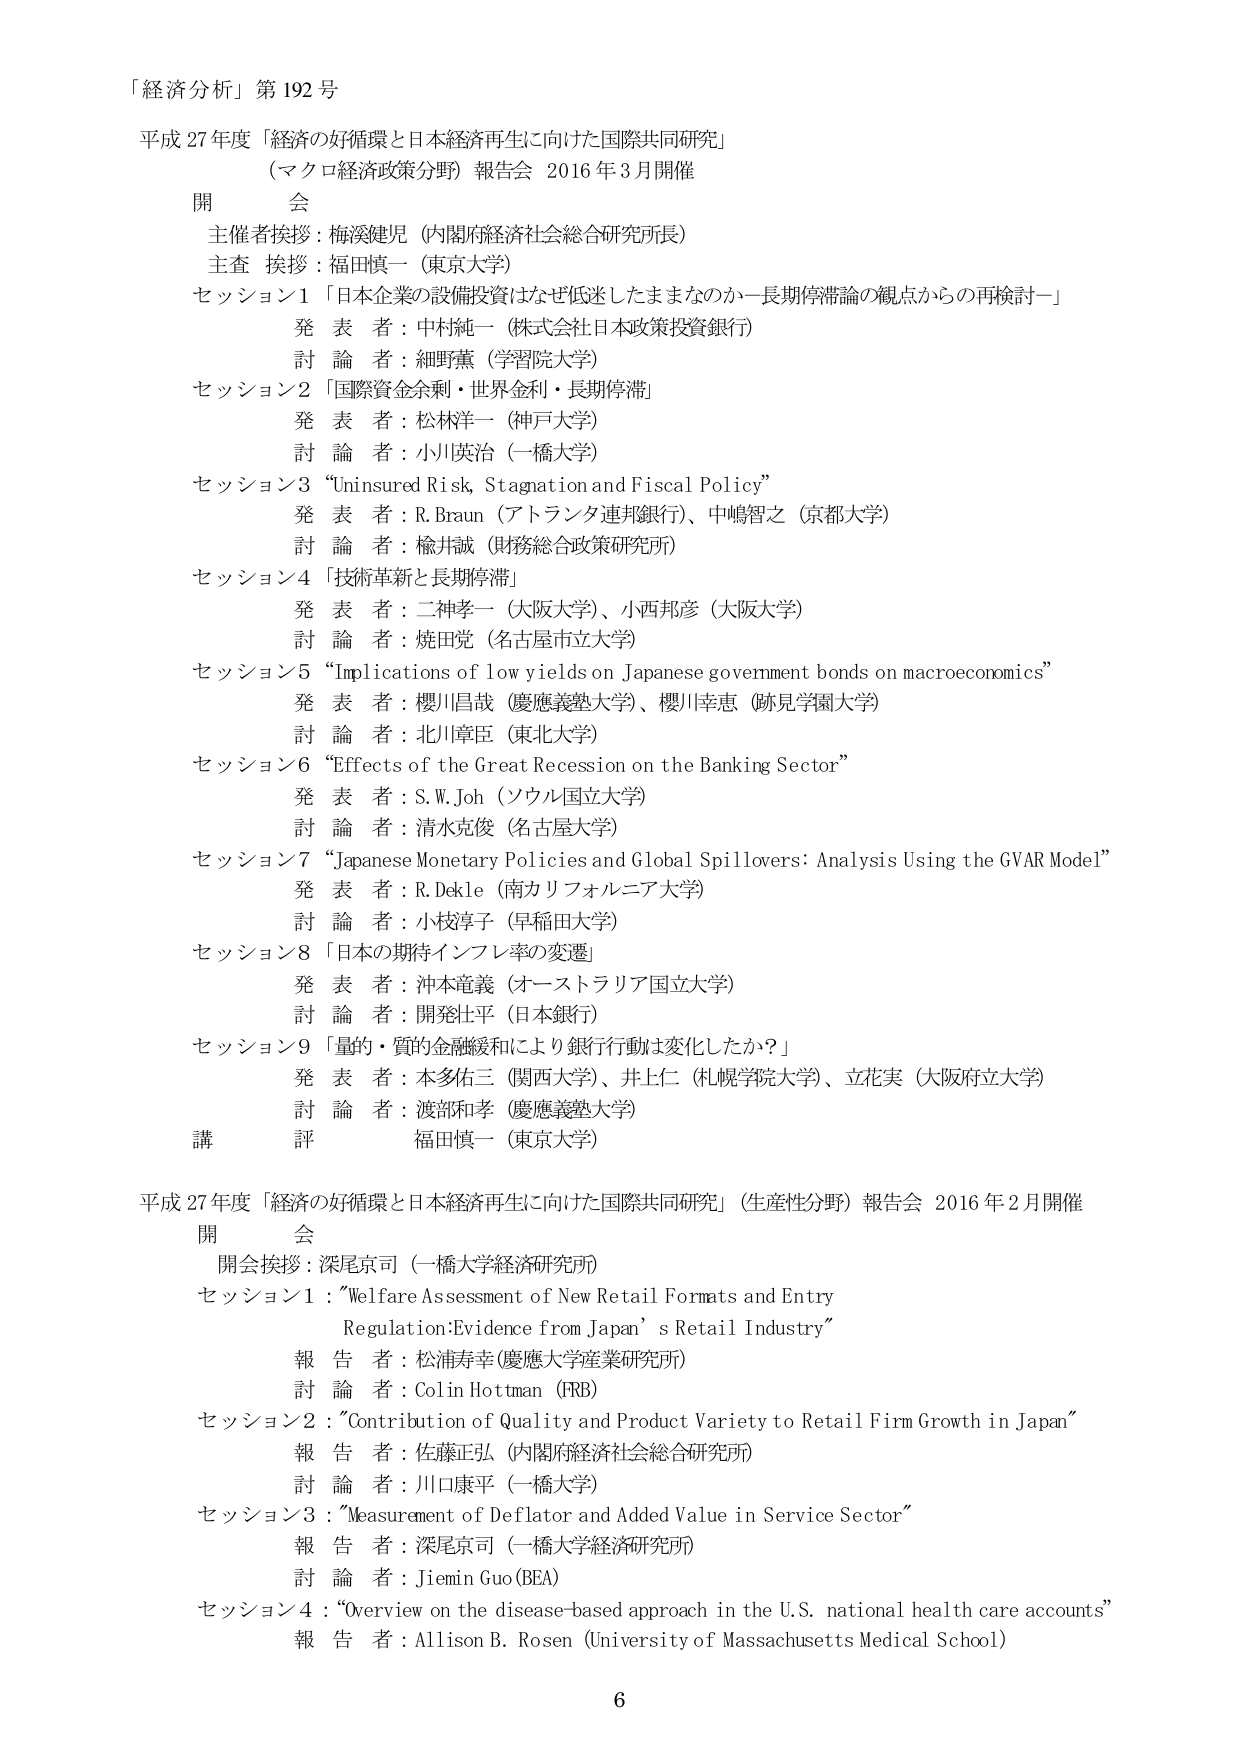
「経済分析」第192号

平成27年度「経済の好循環と日本経済再生に向けた国際共同研究」
（マクロ経済政策分野）報告会 2016年3月開催

開会
主催者挨拶：梅渓健児（内閣府経済社会総合研究所長）
主査 挨拶：福田慎一（東京大学）

セッション1「日本企業の設備投資はなぜ低迷したままなのか－長期停滞論の観点からの再検討－」
発表者：中村純一（株式会社日本政策投資銀行）
討論者：細野薫（学習院大学）

セッション2「国際資金余剰・世界金利・長期停滞」
発表者：松林洋一（神戸大学）
討論者：小川英治（一橋大学）

セッション3“Uninsured Risk, Stagnation and Fiscal Policy”
発表者：R. Braun（アトランタ連邦銀行）、中嶋智之（京都大学）
討論者：檜井誠（財務総合政策研究所）

セッション4「技術革新と長期停滞」
発表者：二神孝一（大阪大学）、小西邦彦（大阪大学）
討論者：焼田覚（名古屋市立大学）

セッション5“Implications of low yields on Japanese government bonds on macroeconomics”
発表者：櫻川昌哉（慶應義塾大学）、櫻川幸恵（跡見学園大学）
討論者：北川章臣（東北大学）

セッション6“Effects of the Great Recession on the Banking Sector”
発表者：S. W. Joh（ソウル国立大学）
討論者：清水克俊（名古屋大学）

セッション7“Japanese Monetary Policies and Global Spillovers: Analysis Using the GVAR Model”
発表者：R. Dekle（南カリフォルニア大学）
討論者：小枝淳子（早稲田大学）

セッション8「日本の期待インフレ率の変遷」
発表者：沖本竜義（オーストラリア国立大学）
討論者：開発壮平（日本銀行）

セッション9「量的・質的金融緩和により銀行行動は変化したか？」
発表者：本多佑三（関西大学）、井上仁（札幌学院大学）、立花実（大阪府立大学）
討論者：渡部和孝（慶應義塾大学）

講評 福田慎一（東京大学）

平成27年度「経済の好循環と日本経済再生に向けた国際共同研究」（生産性分野）報告会 2016年2月開催

開会
開会挨拶：深尾京司（一橋大学経済研究所）

セッション1：“Welfare Assessment of New Retail Formats and Entry Regulation: Evidence from Japan’s Retail Industry”
報告者：松浦寿幸（慶應大学産業研究所）
討論者：Colin Hottman（FRB）

セッション2：“Contribution of Quality and Product Variety to Retail Firm Growth in Japan”
報告者：佐藤正弘（内閣府経済社会総合研究所）
討論者：川口康平（一橋大学）

セッション3：“Measurement of Deflator and Added Value in Service Sector”
報告者：深尾京司（一橋大学経済研究所）
討論者：Jiemin Guo（BEA）

セッション4：“Overview on the disease-based approach in the U.S. national health care accounts”
報告者：Allison B. Rosen（University of Massachusetts Medical School）

6